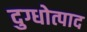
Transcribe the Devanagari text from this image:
दुग्धोत्पाद